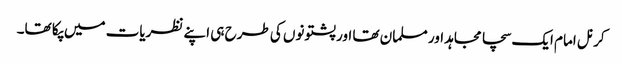
کرنل امام ایک سچا مجاہد اور مسلمان تھا اور پشتونوں کی طرح ہی اپنے نظریات میں پکا تھا۔